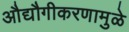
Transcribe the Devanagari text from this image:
औद्यौगीकरणामुळे